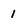
Character: 1